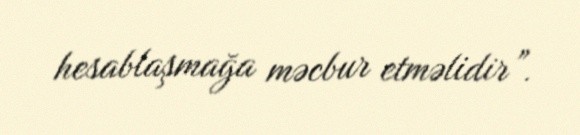
hesablaşmağa məcbur etməlidir”.